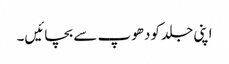
اپنی جلد کودھوپ سے بچائیں۔